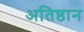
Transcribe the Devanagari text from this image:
अतिष्ठान